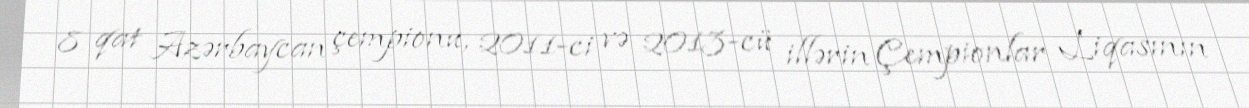
8 qat Azərbaycan çempionu, 2011-ci və 2013-cü illərin Çempionlar Liqasının